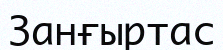
Занғыртас